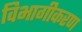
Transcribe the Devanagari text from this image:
विभागीकरण